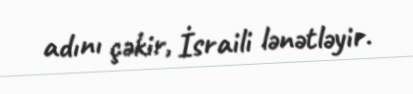
adını çəkir, İsraili lənətləyir.